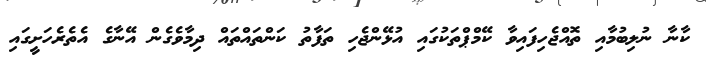
ކާނާ ނުލިބުމާއި ތޮއްޖެހިފައިވާ ކޭމްޕްތަކުގައި އުޅޭންޖެހި ތަފާތު ކަންތައްތައް ދިމާވެގެން އޭނާގެ އެތެރެހަށީގައި